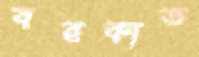
বরকাত